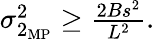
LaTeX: \begin{array}{r}{\sigma_{2_{\mathrm{MP}}}^{2}\geq\frac{2Bs^{2}}{L^{2}}.}\end{array}